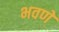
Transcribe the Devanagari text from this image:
भवणे